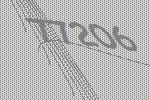
77206